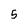
Character: 5